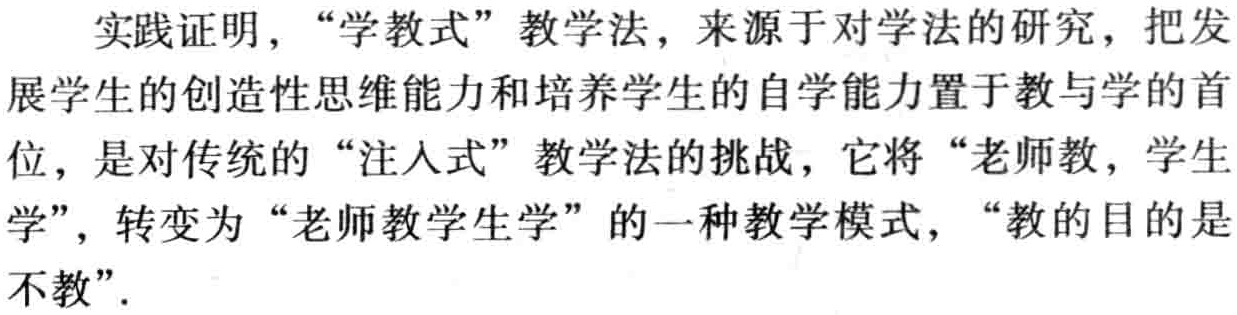
实践证明，“学教式”教学法，来源于对学法的研究，把发展学生的创造性思维能力和培养学生的自学能力置于教与学的首位，是对传统的“注入式”教学法的挑战，它将“老师教，学生学”，转变为“老师教学生学”的一种教学模式，“教的目的是不教”.